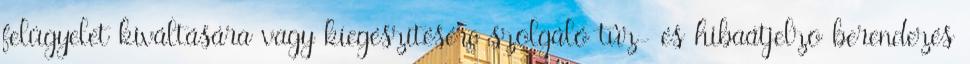
felügyelet kiváltására vagy kiegészítésére szolgáló tûz- és hibaátjelzõ berendezés